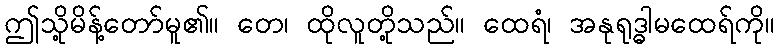
ဤသို့မိန့်တော်မူ၏။ တေ၊ ထိုလူတို့သည်။ ထေရံ၊ အနုရုဒ္ဓါမထေရ်ကို။